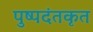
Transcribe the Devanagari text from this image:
पुष्पदंतकृत